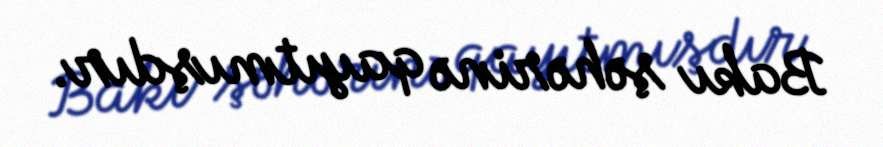
Bakı şəhərinə qayıtmışdır.